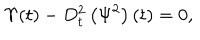
\Upsilon ( t ) - D _ { t } ^ { 2 } \left( \Psi ^ { 2 } \right) ( t ) = 0 ,